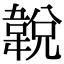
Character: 𩎰